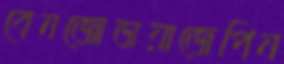
বেনজোডায়াজেপিন